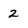
Character: 2